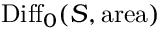
\mathrm { D i f f } _ { 0 } ( S , \mathrm { a r e a } )